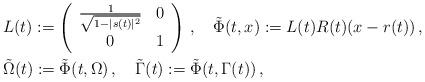
LaTeX: \begin{align*}&L(t):=\left( \begin{array}{ccc}\frac{1}{\sqrt{1-|s(t)|^2}} & 0 \\ 0 & 1 \end{array}\right)\,,\quad\tilde \Phi(t,x):=L(t)R(t)(x-r(t))\,,\\&\tilde\Omega(t):=\tilde\Phi(t,\Omega)\,,\quad\tilde\Gamma(t):=\tilde\Phi(t,\Gamma(t))\,,\end{align*}